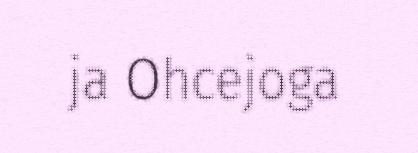
ja Ohcejoga